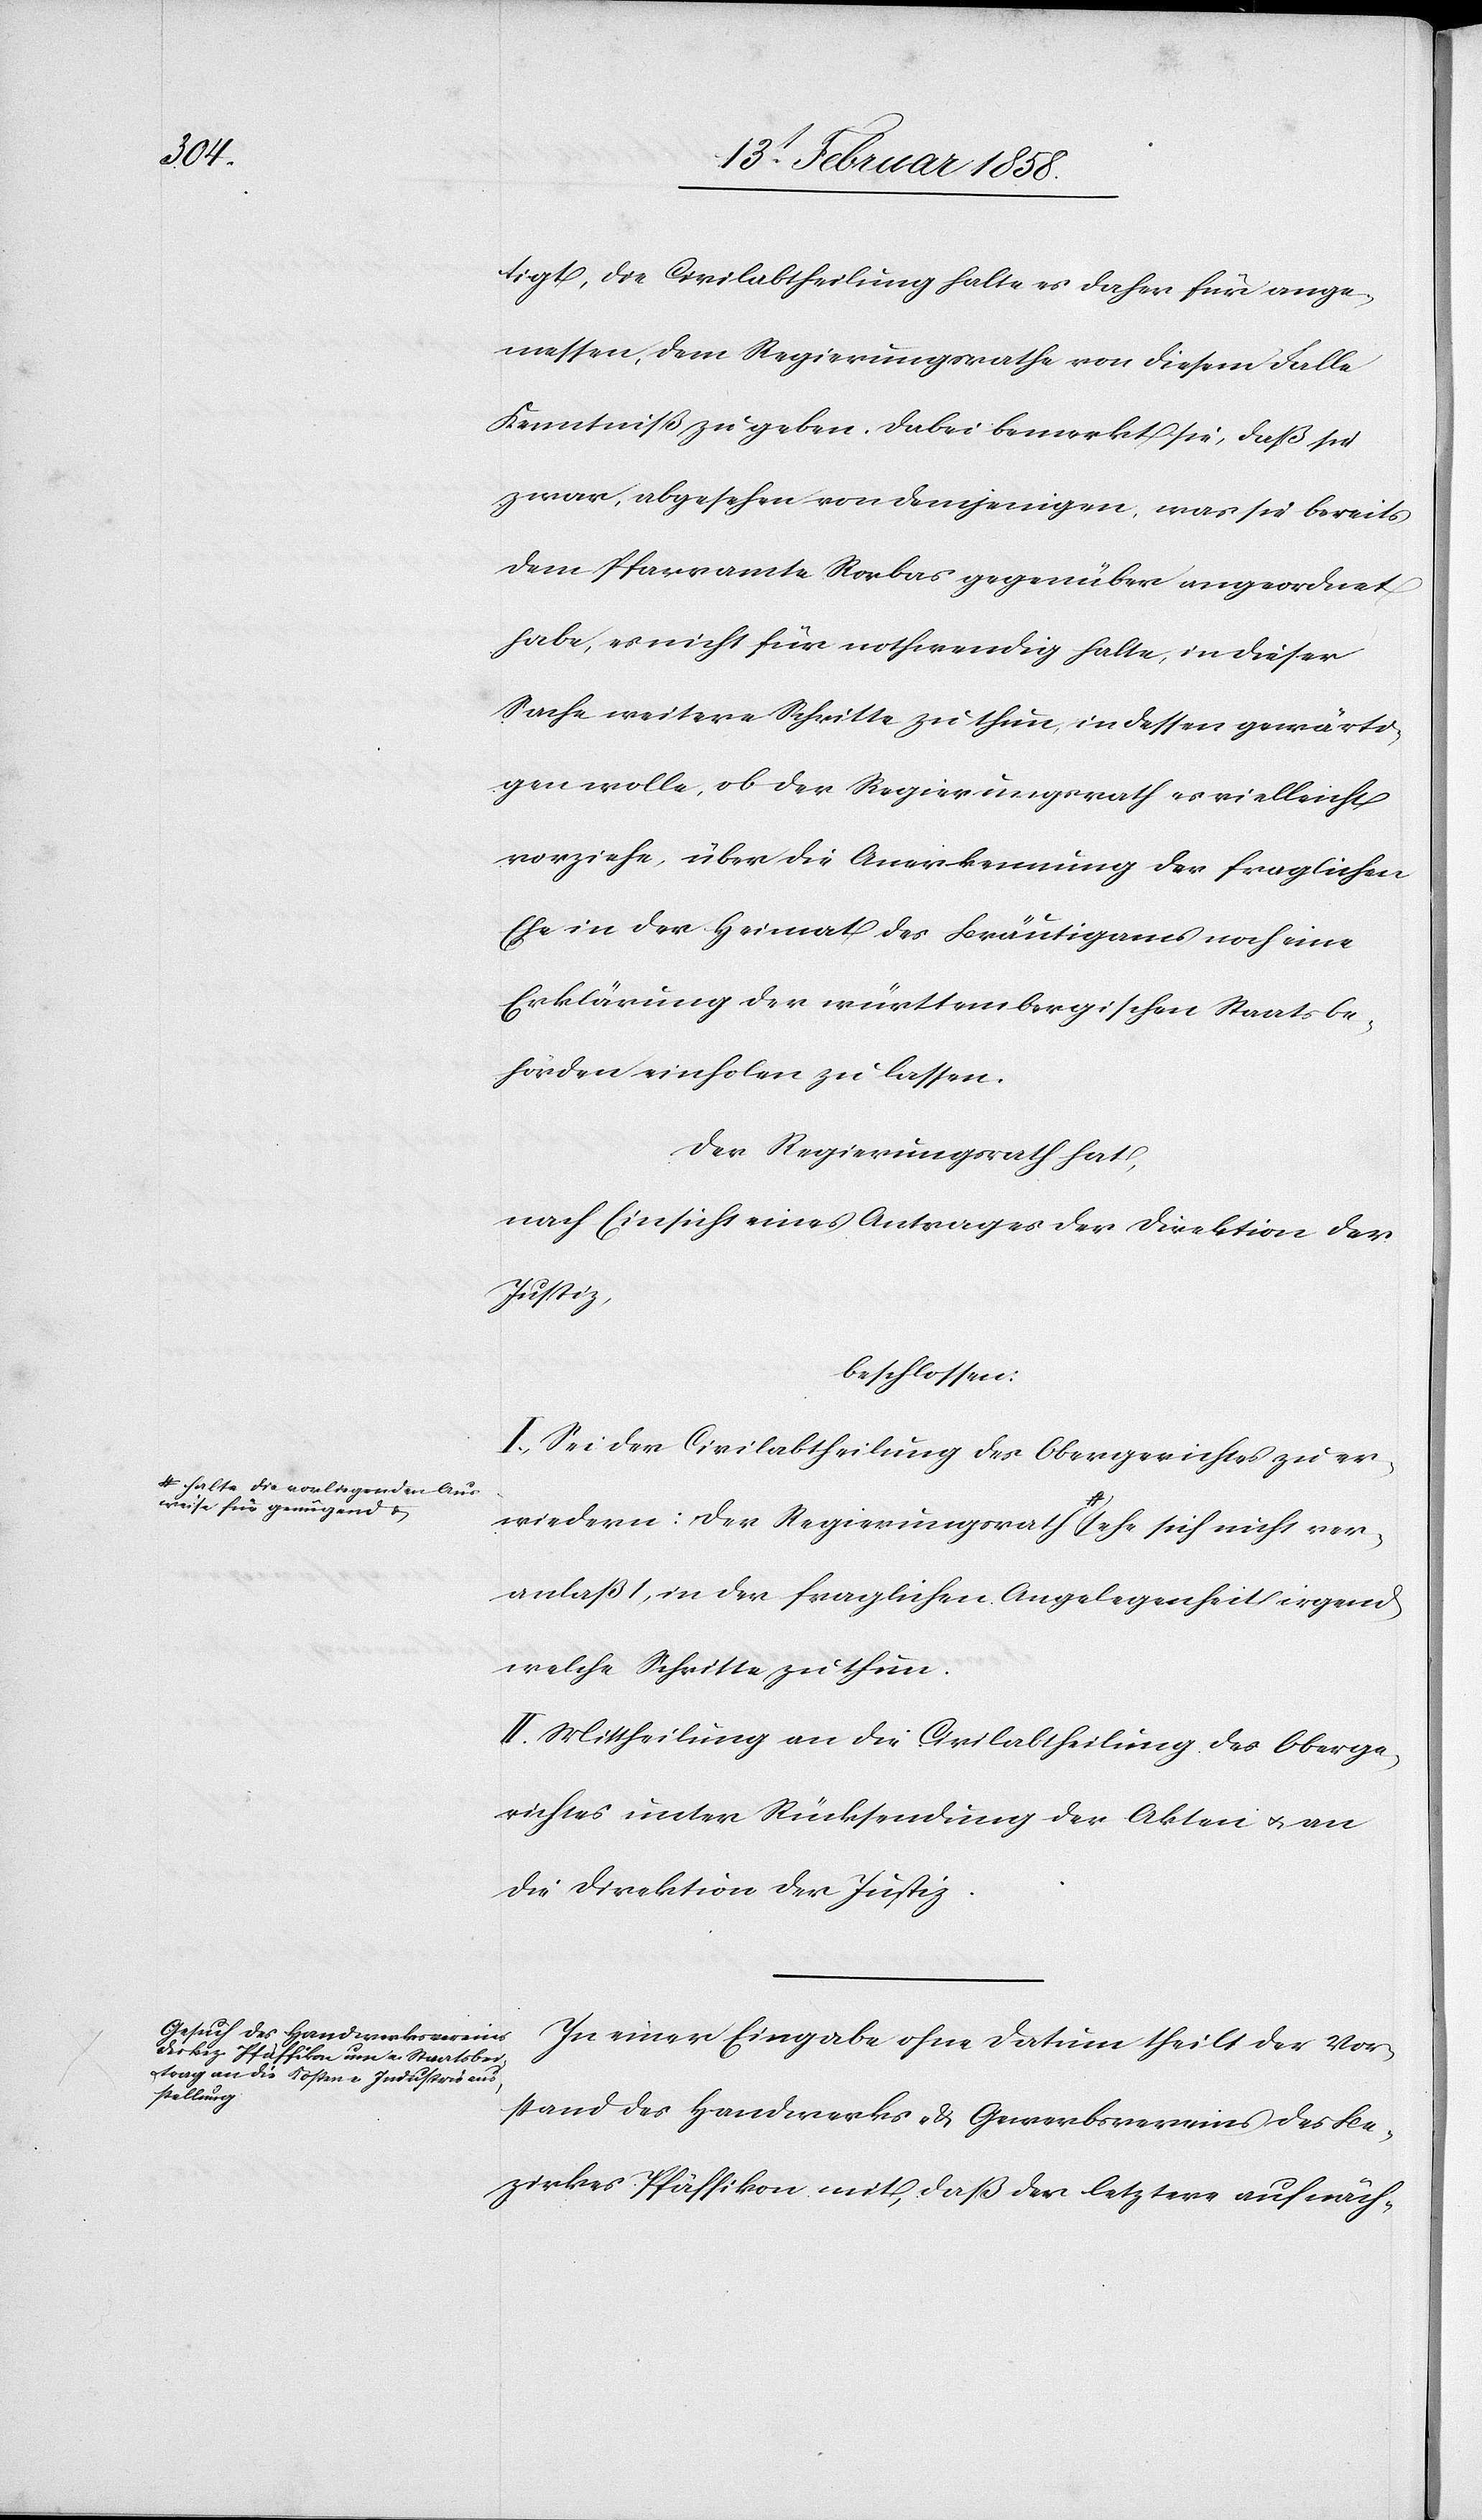
ver¬

weise für genügend u.-a

tigt, die Civilabtheilung halte es daher für ange¬
messen, dem Regierungsrathe von diesem Falle
Kenntniß zu geben. Dabei bemerkt sie, daß sie
zwar, abgesehen von demjenigen, was sie bereits
dem Pfarramte Rorbas gegenüber angeordnet
habe, es nicht für nothwendig halte, in dieser
Sache weitere Schritte zu thun, in dessen gewärti¬
gen wolle, ob der Regierungsrath es vielleicht
vorziehe, über die Anerkennung der fraglichen
Ehe in der Heimat des Bräutigams noch eine
Erklärung der württembergischen Staatsbe¬
hörden einholen zu lassen.
Der Regierungsrath a-halte
nach Einsicht eines Antrages der Direktion der
sehe sich
beschlossen:
I. Sei der Civilabtheilung des Obergerichtes zu er¬
anlaßt, in der fraglichen Angelegenheit irgend
welche Schritte zu thun.
II. Mittheilung an die Civilabtheilung des Oberge¬
richtes unter Rücksendung der Akten u. an
die Direktion der Justiz.
In einer Eingabe ohne Datum theilt der Vor¬
stand des Handwerks- & Gewerbsvereins des Be¬
zirkes Pfäffikon mit, daß der letztere auf näch-